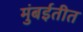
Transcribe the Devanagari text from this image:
मुंबईतीत